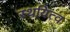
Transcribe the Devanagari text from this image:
स्थयित्व